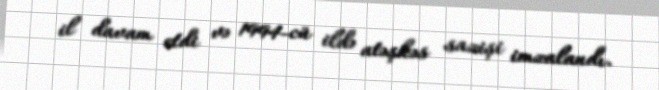
il davam etdi və 1994-cü ildə atəşkəs sazişi imzalandı.